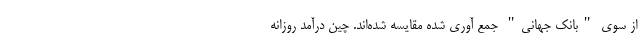
از سوی "بانک جهانی" جمع آوری شده مقایسه شده‌اند. چین درآمد روزانه